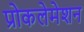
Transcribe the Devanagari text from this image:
प्रोकलेमेशन